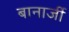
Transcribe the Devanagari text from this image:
बानार्जी